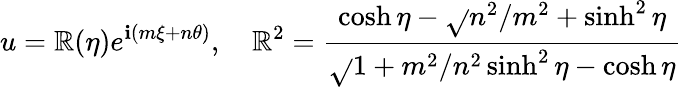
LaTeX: u=\mathbb{R}(\eta)e^{\mathbf{i}(m\xi+n\theta)},\quad\mathbb{R}^{2}={\frac{{\cosh\eta-\sqrt{}{{n^{2}/m^{2}+\sinh^{2}\eta}}}}{{\sqrt{}{{1+m^{2}/n^{2}\sinh^{2}\eta}}-\cosh\eta}}}